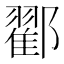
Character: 𨞩